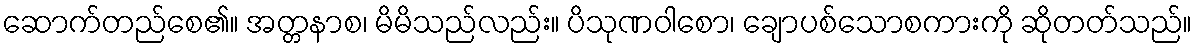
ဆောက်တည်စေ၏။ အတ္တနာစ၊ မိမိသည်လည်း။ ပိသုဏဝါစော၊ ချောပစ်သောစကားကို ဆိုတတ်သည်။